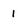
Character: 1